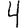
Digit: 4